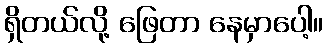
ရှိတယ်လို့ ဖြေတာ နေမှာပေါ့။